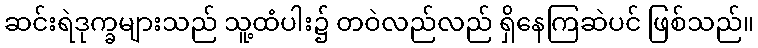
ဆင်းရဲဒုက္ခများသည် သူ့ထံပါး၌ တဝဲလည်လည် ရှိနေကြဆဲပင် ဖြစ်သည်။